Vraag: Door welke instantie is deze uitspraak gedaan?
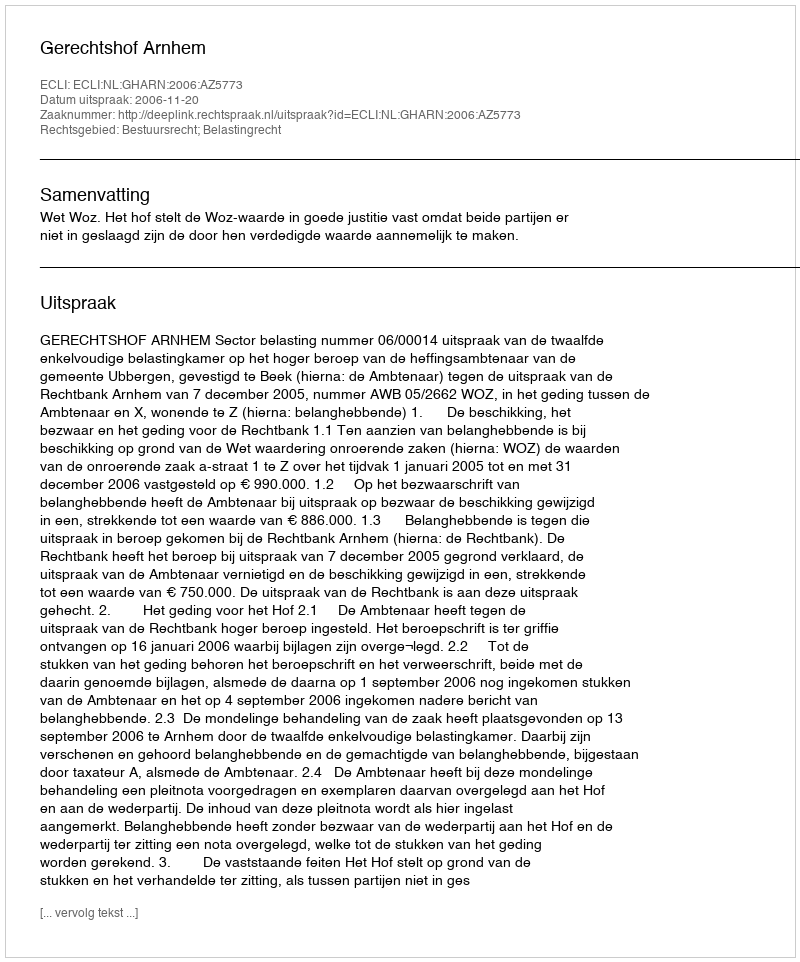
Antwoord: Gerechtshof Arnhem